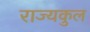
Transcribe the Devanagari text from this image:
राज्यकुल